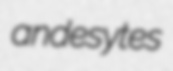
andesytes